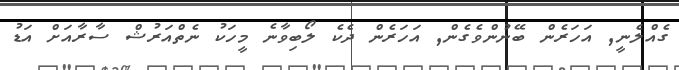
ގެއްލެނީ